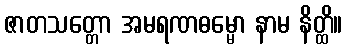
ဇာတသတ္တော အမရဏဓမ္မော နာမ နိတ္ထိ။